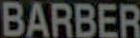
BARBER